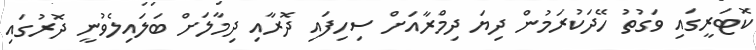
ކޮޓަރީގައި ވަގުތު ހޭދަކުރަމުން ދިޔަ ދިމްރާއަށް ސިހިފައި ދޮރާއި ދިމާލަށް ބަލައިލެވުނީ ދޮރުގައި